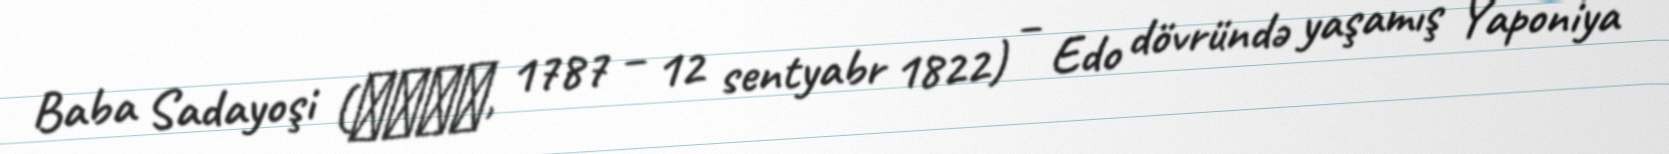
Baba Sadayoşi (馬場貞由, 1787 – 12 sentyabr 1822) – Edo dövründə yaşamış Yaponiya